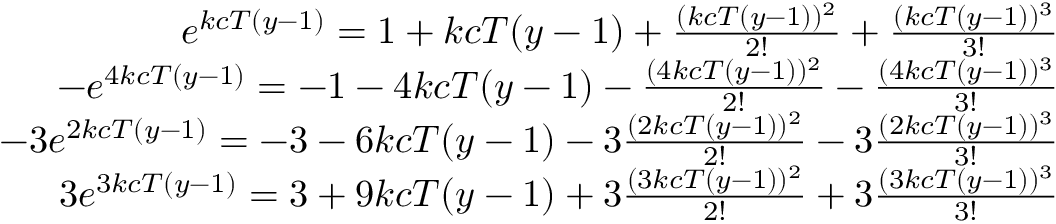
\begin{array} { r } { e ^ { k c T ( y - 1 ) } = 1 + k c T ( y - 1 ) + \frac { ( k c T ( y - 1 ) ) ^ { 2 } } { 2 ! } + \frac { ( k c T ( y - 1 ) ) ^ { 3 } } { 3 ! } } \\ { - e ^ { 4 k c T ( y - 1 ) } = - 1 - 4 k c T ( y - 1 ) - \frac { ( 4 k c T ( y - 1 ) ) ^ { 2 } } { 2 ! } - \frac { ( 4 k c T ( y - 1 ) ) ^ { 3 } } { 3 ! } } \\ { - 3 e ^ { 2 k c T ( y - 1 ) } = - 3 - 6 k c T ( y - 1 ) - 3 \frac { ( 2 k c T ( y - 1 ) ) ^ { 2 } } { 2 ! } - 3 \frac { ( 2 k c T ( y - 1 ) ) ^ { 3 } } { 3 ! } } \\ { 3 e ^ { 3 k c T ( y - 1 ) } = 3 + 9 k c T ( y - 1 ) + 3 \frac { ( 3 k c T ( y - 1 ) ) ^ { 2 } } { 2 ! } + 3 \frac { ( 3 k c T ( y - 1 ) ) ^ { 3 } } { 3 ! } } \end{array}